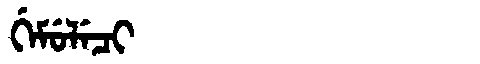
Manchu: ᡤᡝᠮᡠᠯᡝᠴᡳ
Romanization: GEMULECI